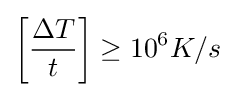
\left[{\frac {\Delta T}{t}}\right]\geq 10^{6}K/s